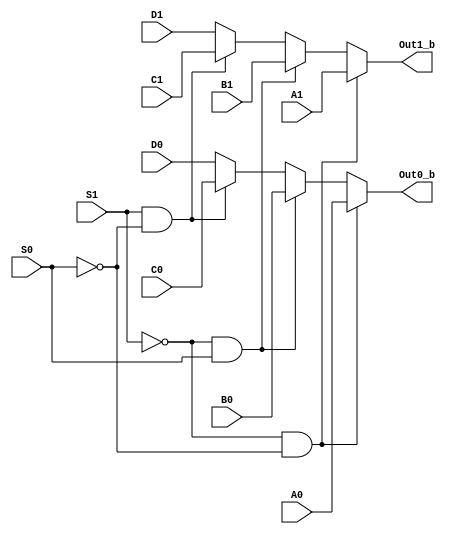
`timescale 1 ns/1 ns

module Mux_4x1_2bit_beh(A1, A0, B1, B0, C1, C0,D1, D0, S1, S0,Out1_b, Out0_b);

	input A1, A0, B1, B0, C1, C0,D1, D0;
	input S1, S0;
	output Out1_b, Out0_b;
	reg Out1_b, Out0_b;

	always @*
	begin
		if(S1==0 && S0==0)
		begin
			Out1_b <= A1;
			Out0_b <= A0;
		end
		else if(S1 == 0 && S0 == 1)
		begin
			Out1_b <= B1;
			Out0_b <= B0;
		end
		else if(S1 == 1 && S0 ==0)
		begin
			Out1_b <= C1;
			Out0_b <= C0;
		end
		else
		begin
			Out1_b <= D1;
			Out0_b <= D0;
		end
	end
endmodule